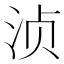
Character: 浈